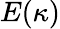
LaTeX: E(\kappa)